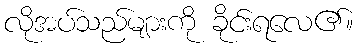
လိုအပ်သည်များကို ခိုင်းရလေ၏။